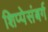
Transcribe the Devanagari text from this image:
शिप्पेसंबर्ग